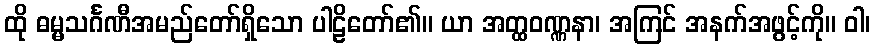
ထို ဓမ္မသင်္ဂဏီအမည်တော်ရှိသော ပါဠိတော်၏။ ယာ အတ္ထဝဏ္ဏနာ၊ အကြင် အနက်အဖွင့်ကို။ ဝါ၊